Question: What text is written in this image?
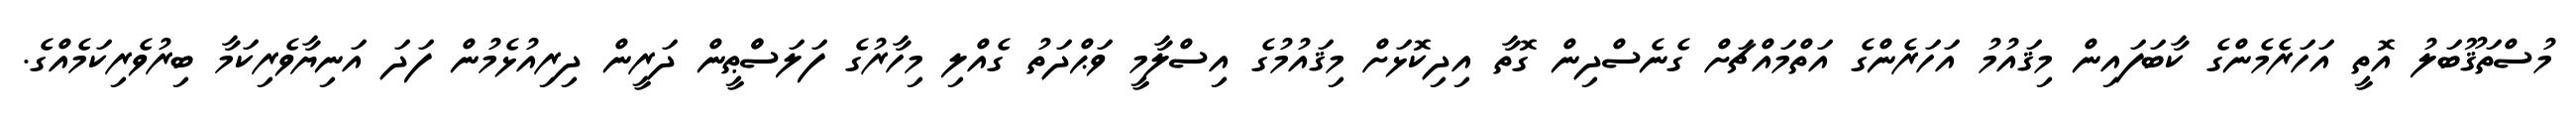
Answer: މުސްތަޤޫބަލު އޮތީ އަހަރެމެންގެ ކާބަފައިން މިޤައުމު އަހަރެންގެ އަތްމައްޗަށް ގެނެސްދިން ގޮތާ އިދިކޮޅަށް މިޤައުމުގެ އިސްލާމީ ވަޙްދަތު ގެއްލި މިހާރުގެ ފަލަސްްޠީން ދަރީން ދިރިއުޅެމުން ފަދަ އަނިޔާވެރިކަމާ ބިރުވެރިކަމެއްގެ.